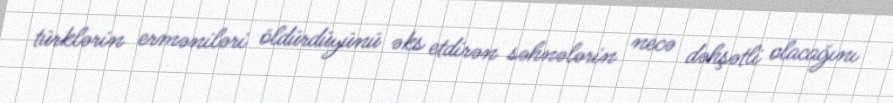
türklərin erməniləri öldürdüyünü əks etdirən səhnələrin necə dəhşətli olacağını